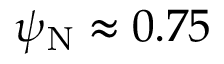
\psi _ { \mathrm { N } } \approx 0 . 7 5